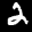
Label: 2